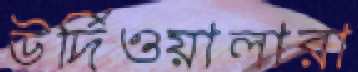
উর্দিওয়ালারা